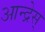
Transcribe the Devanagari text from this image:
आन्द्रेस्